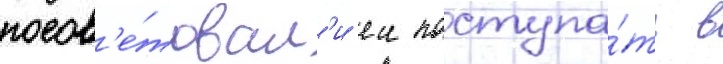
посов'е́товал'и еи поступа́ть в